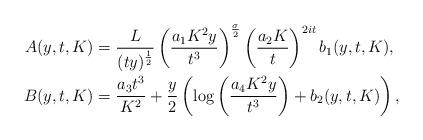
LaTeX: \begin{align*}A(y,t,K) &= \frac{L}{(ty)^\frac{1}{2}}\left(\frac{a_1 K^2y}{t^3}\right)^{\frac{\sigma}{2}}\left(\frac{a_2 K}{t}\right)^{2it} b_1(y,t,K), \\B(y,t,K) &= \frac{a_3 t^3}{K^2} + \frac{y}{2}\left( \log\left(\frac{a_4 K^2 y}{t^3}\right) +b_2(y,t,K)\right),\end{align*}